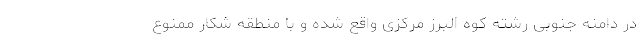
در دامنه‌ جنوبی رشته کوه البرز مرکزی واقع شده و با منطقه شکار ممنوع